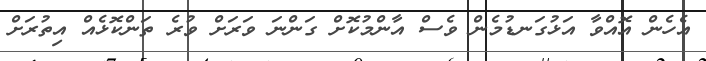
އެހެން އޮއްވާ އަޅުގަނޑުމެން ވެސް އާންމުކޮށް ގަންނަ ވަރަށް ވުރެ ތަންކޮޅެއް އިތުރަށް